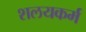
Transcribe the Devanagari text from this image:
शलयकर्म